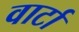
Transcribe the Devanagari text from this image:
वार्टा